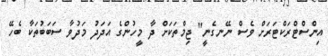
އިންސްޓްރަކްޓަރަށް ވެސް ނޭނގެނީ" ޖިމްތަކަށް ދާ މީހުންގެ އަދަދު މަދުވާ ސަބަބުތަކާ ބެހޭ